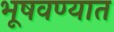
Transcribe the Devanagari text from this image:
भूषवण्यात